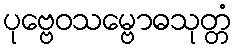
ပုဗ္ဗေဝသမ္ဗောဓသုတ္တံ